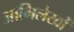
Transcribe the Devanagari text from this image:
आभिलेखों